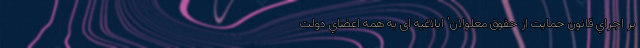
بر اجراي قانون حمايت از حقوق معلولان' ابلاغيه اى به همه اعضاي دولت